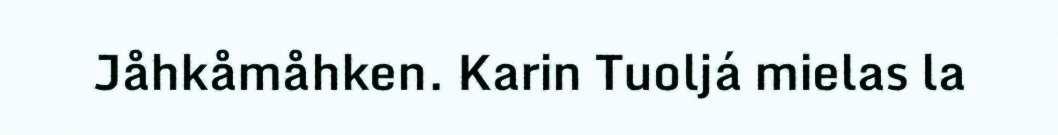
Jåhkåmåhken. Karin Tuoljá mielas la